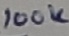
Text: 100K